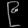
Digit: ၉